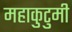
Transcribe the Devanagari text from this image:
महाकुटुमी